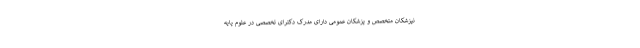
نپزشکان متخصص و پزشکان عمومی دارای مدرک دکترای تخصصی در علوم پایه